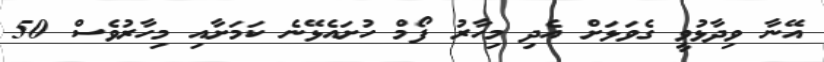
އޭނާ ވިދާޅުވީ ގެވަޅަށް އެދި މިހާރު ފޯމް ހުށައެޅޭނެ ކަމަށާއި މިހާރުވެސް 50